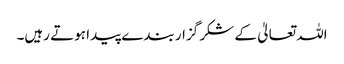
اللہ تعالیٰ کے شکر گزار بندے پیدا ہوتے رہیں۔